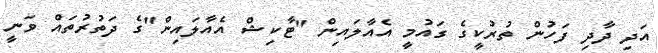
އަދި ދާދި ފަހުން ތުރުކީގެ ގައުމީ އެއާލައިން "ޓާކިޝް އެއާލައިން"ގެ ދަތުރުތައް ވަނީ